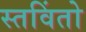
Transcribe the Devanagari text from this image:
स्तविंतो